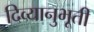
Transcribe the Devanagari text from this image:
दिव्यानुभूती